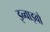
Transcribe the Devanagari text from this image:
इन्वाइवो